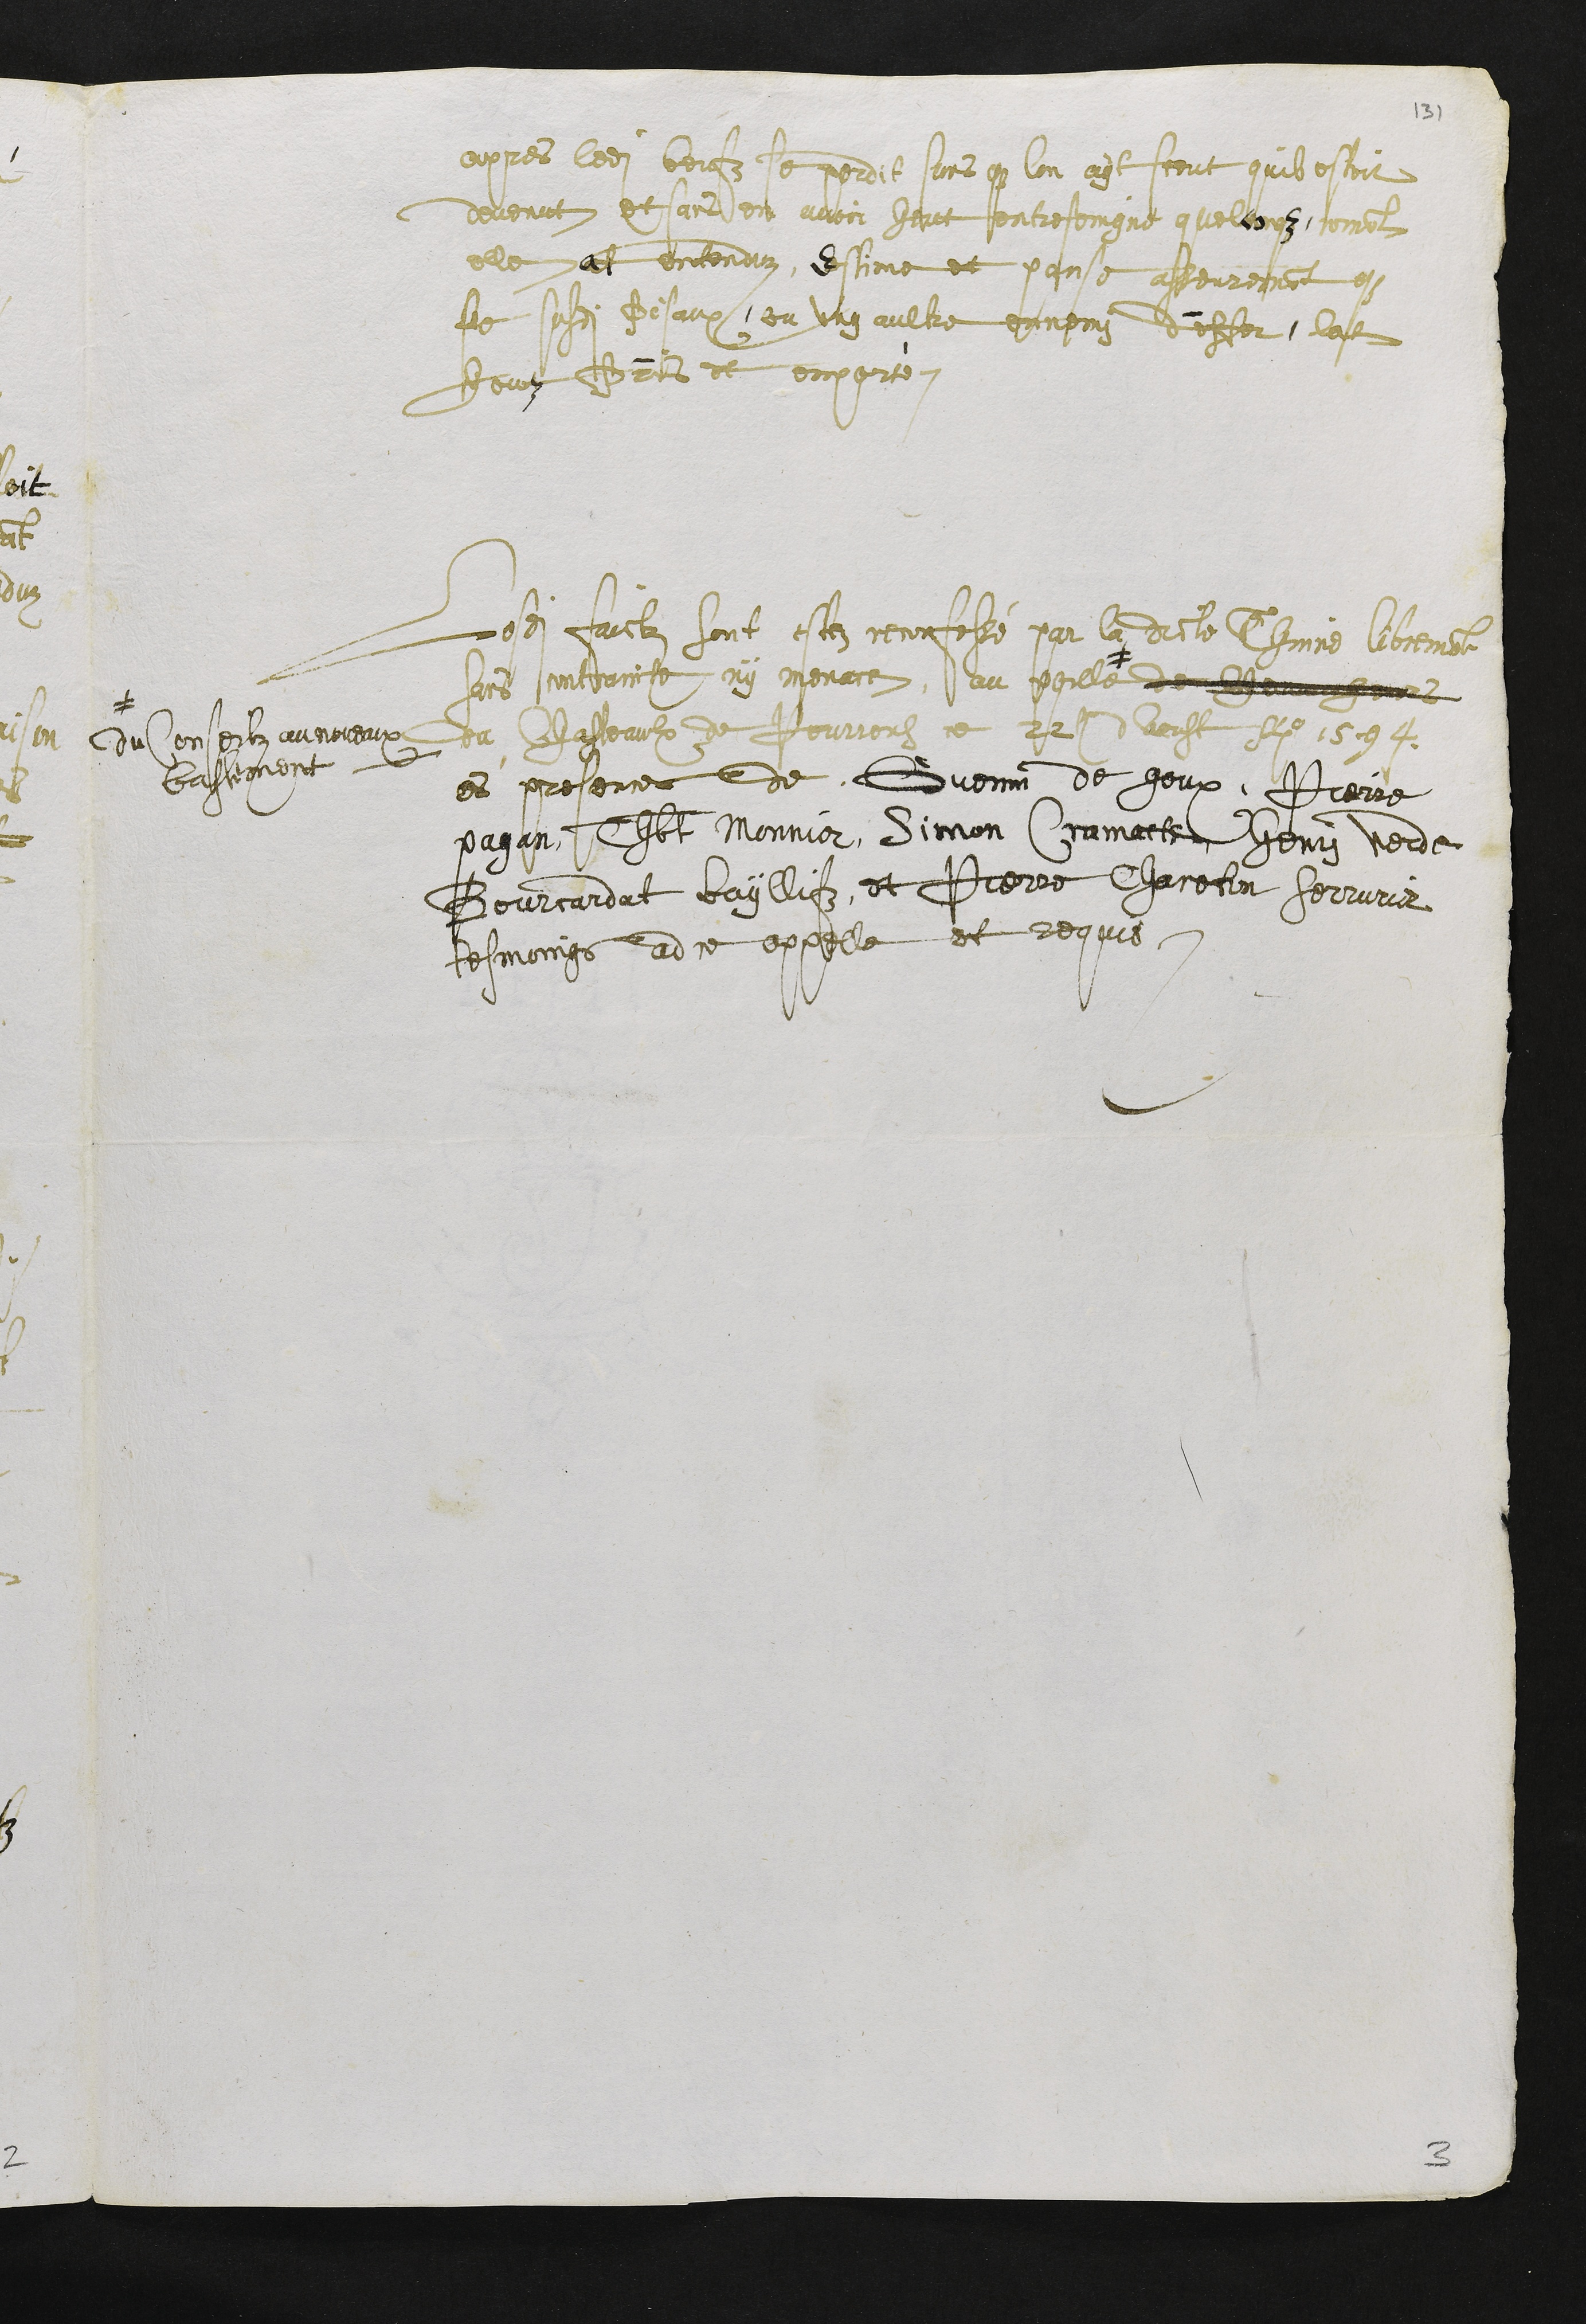
apres ledit beufz se perdit sans que lon ayt sceut quil estoit
devenut et sans en avoir heut entreseingne quelconque coment
elle at entenduz, estime et panse asseurement que
le susdit Pecaux, ou ung aultre ennemy denffer lat
heuz prins et emporté.
Lesdits faictz sont estez reconfessé par la dicte Thinne librement
sans contrainte ny menace, au poille #
#
du Conseilz au noveaux
bastement
de chevaucheurs
du chasteaulx de Pourrentruy ce 22e dAoust Ao 1594
es presences de Guenin de goux, Pierre
pagan, Thbt Monnier, Simon Cramatte, Henry Verde
Bourcardat baillifz, et Pierre Chareton serrurier
tesmoings ad ce appelle et requis.

3